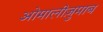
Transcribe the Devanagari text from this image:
ओमालीज़ुमाब